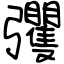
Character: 彏